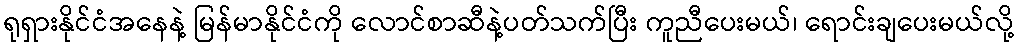
ရုရှားနိုင်ငံအနေနဲ့ မြန်မာနိုင်ငံကို လောင်စာဆီနဲ့ပတ်သက်ပြီး ကူညီပေးမယ်၊ ရောင်းချပေးမယ်လို့